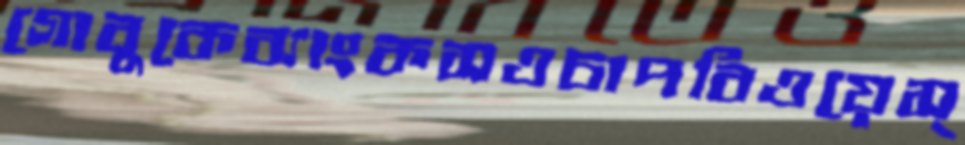
গোবুকেব্যাংকসওচাপবিওয়েস্